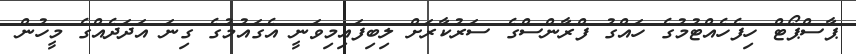
ޕާސްޕޯޓް ހިފެހެއްޓުމުގެ ހައްގު ފްރާންސްގެ ސަރުކާރަށް ލިބިފައިމިވަނީ އެގައުމުގެ ގިނަ އަދަދެއްގެ މީހުން